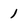
Character: 1